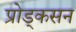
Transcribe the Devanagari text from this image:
प्रोड्कसन